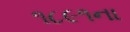
૧૮૯૧ના